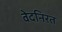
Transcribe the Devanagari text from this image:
वेदनिरत